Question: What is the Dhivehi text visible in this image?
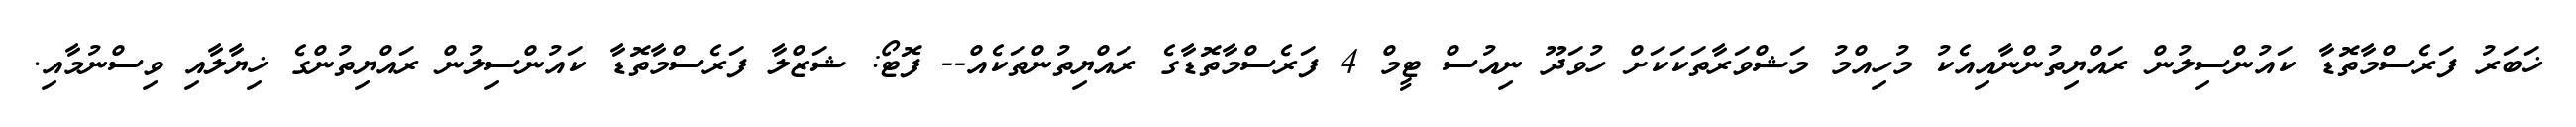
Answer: ޚަބަރު ފަރެސްމާތޮޑާ ކައުންސިލުން ރައްޔިތުންނާއިއެކު މުހިއްމު މަޝްވަރާތަކަކަށް ހުވަދޫ ނިއުސް ޓީމް 4 ފަރެސްމާތޮޑާގެ ރައްޔިތުންތަކެއް-- ފޮޓޯ: ޝަޒްލާ ފަރެސްމާތޮޑާ ކައުންސިލުން ރައްޔިތުންގެ ޚިޔާލާއި ވިސްނުމާއި.